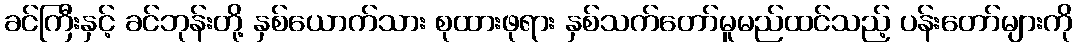
ခင်ကြီးနှင့် ခင်ဘုန်းတို့ နှစ်ယောက်သား စုထားဖုရား နှစ်သက်တော်မူမည်ထင်သည့် ပန်းတော်များကို